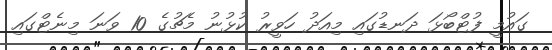
ގައުމީ ފުޓްބޯޅަ ދަނޑުގައި މިއަދު ހަވީރު ކުޅުނު މެޗުގެ 10 ވަނަ މިނެޓްގައި